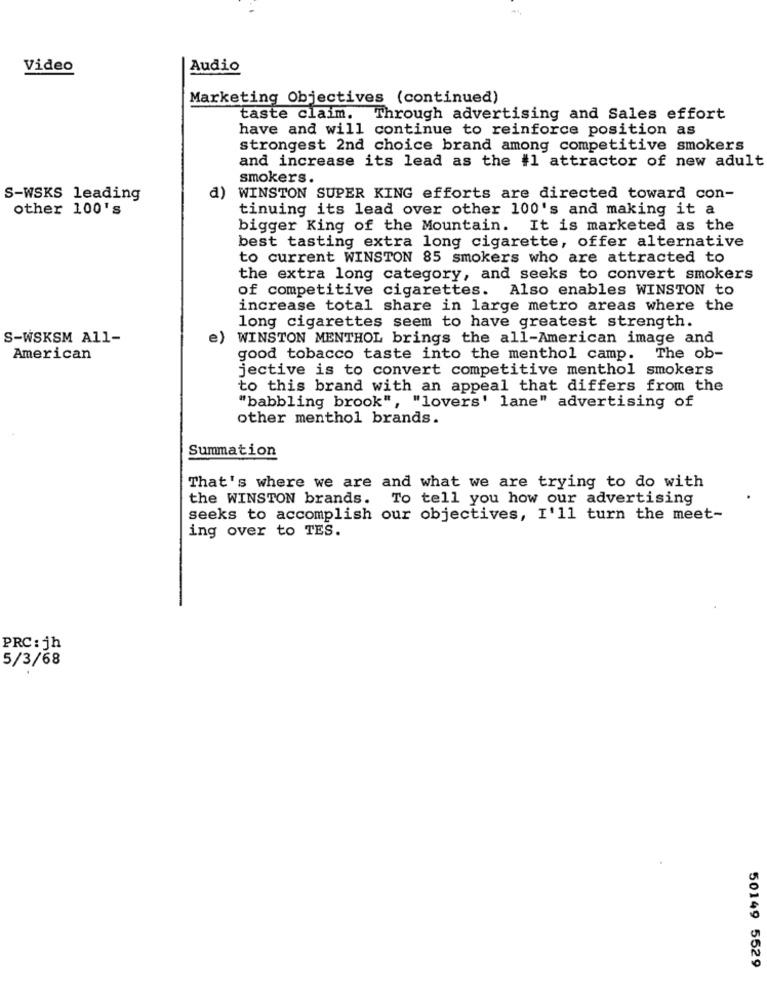
Video
Audio
Marketing Objectives (continued)
taste claim. Through advertising and Sales effort
have and will continue to reinforce position as
strongest 2nd choice brand among competitive smokers
and increase its lead as the #1 attractor of new adult
smokers.
S-WSKS leading
a)
WINSTON SUPER KING efforts are directed toward con-
other 100's
tinuing its lead over other 100's and making it a
bigger King of the Mountain. It is marketed as the
best tasting extra long cigarette, offer alternative
to current WINSTON 85 smokers who are attracted to
the extra long category, and seeks to convert smokers
of competitive cigarettes. Also enables WINSTON to
increase total share in large metro areas where the
long cigarettes seem to have greatest strength.
S-WSKSM All-
e)
WINSTON MENTHOL brings the all-American image and
American
good tobacco taste into the menthol camp. The ob-
jective is to convert competitive menthol smokers
to this brand with an appeal that differs from the
"babbling brook", "lovers' lane" advertising of
other menthol brands.
Summation
That's where we are and what we are trying to do with
the WINSTON brands. To tell you how our advertising
seeks to accomplish our objectives, I'll turn the meet-
ing over to TES.
PRC: jh
5/3/68
50149 5529